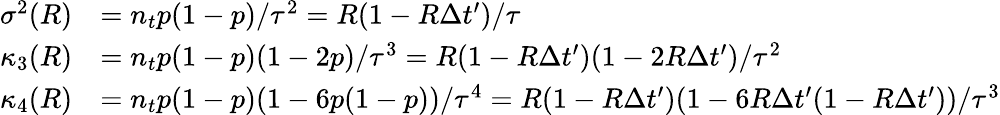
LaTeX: \begin{array}{rl}{\sigma^{2}(R)}&{=n_{t}p(1-p)/\tau^{2}=R(1-R\Delta t^{\prime})/\tau}\\ {\kappa_{3}(R)}&{=n_{t}p(1-p)(1-2p)/\tau^{3}=R(1-R\Delta t^{\prime})(1-2R\Delta t^{\prime})/\tau^{2}}\\ {\kappa_{4}(R)}&{=n_{t}p(1-p)(1-6p(1-p))/\tau^{4}=R(1-R\Delta t^{\prime})(1-6R\Delta t^{\prime}(1-R\Delta t^{\prime}))/\tau^{3}}\end{array}